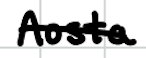
Text: Aosta
Cross-out: single-line
Writing tool: digital_black